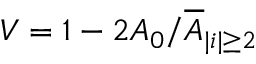
V = 1 - { 2 A _ { 0 } } / { \overline { { A } } _ { | i | \geq 2 } }